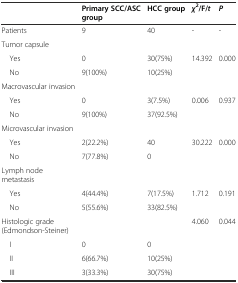
<table><thead><tr><td></td><td><b>Primary SCC/ASC group</b></td><td><b>HCC group</b></td><td><b><i>χ</i><sup>2</sup>/F/<i>t</i></b></td><td><b><i>P</i></b></td></tr></thead><tbody><tr><td>Patients</td><td>9</td><td>40</td><td>-</td><td>-</td></tr><tr><td>Tumor capsule</td><td></td><td></td><td></td><td></td></tr><tr><td> Yes</td><td>0</td><td>30(75%)</td><td rowspan="2">14.392</td><td rowspan="2">0.000</td></tr><tr><td> No</td><td>9(100%)</td><td>10(25%)</td></tr><tr><td>Macrovascular invasion</td><td></td><td></td><td></td><td></td></tr><tr><td> Yes</td><td>0</td><td>3(7.5%)</td><td rowspan="2">0.006</td><td rowspan="2">0.937</td></tr><tr><td> No</td><td>9(100%)</td><td>37(92.5%)</td></tr><tr><td>Microvascular invasion</td><td></td><td></td><td></td><td></td></tr><tr><td> Yes</td><td>2(22.2%)</td><td>40</td><td rowspan="2">30.222</td><td rowspan="2">0.000</td></tr><tr><td> No</td><td>7(77.8%)</td><td>0</td></tr><tr><td>Lymph node metastasis</td><td></td><td></td><td></td><td></td></tr><tr><td> Yes</td><td>4(44.4%)</td><td>7(17.5%)</td><td rowspan="2">1.712</td><td rowspan="2">0.191</td></tr><tr><td> No</td><td>5(55.6%)</td><td>33(82.5%)</td></tr><tr><td>Histologic grade (Edmondson-Steiner)</td><td></td><td></td><td>4.060</td><td>0.044</td></tr><tr><td> I</td><td>0</td><td>0</td><td></td><td></td></tr><tr><td> II</td><td>6(66.7%)</td><td>10(25%)</td><td></td><td></td></tr><tr><td> III</td><td>3(33.3%)</td><td>30(75%)</td><td></td><td></td></tr></tbody></table>